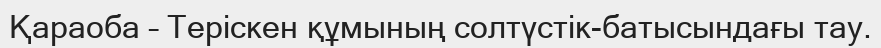
Қараоба – Теріскен құмының солтүстік-батысындағы тау.